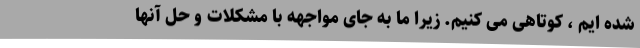
شده ایم ، کوتاهی می کنیم. زیرا ما به جای مواجهه با مشکلات و حل آنها